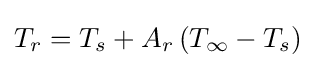
T_{r}=T_{s}+A_{r}\left(T_{\infty }-T_{s}\right)